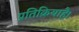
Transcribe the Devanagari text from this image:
प्रतिक्रियाहै।